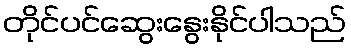
တိုင်ပင်ဆွေးနွေးနိုင်ပါသည်